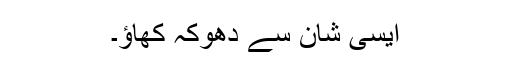
ایسی شان سے دھوکہ کھاﺅ۔